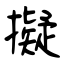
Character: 擬